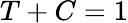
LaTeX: T+C=1